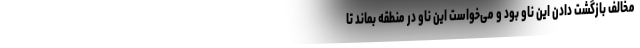
مخالف بازگشت دادن این ناو بود و می‌خواست این ناو در منطقه بماند تا